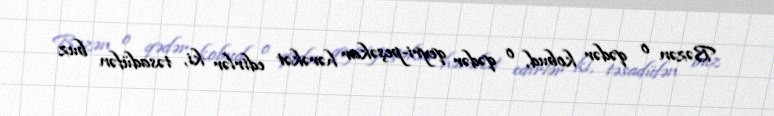
Bəzən o qədər kobud, o qədər qeyri-peşəkar hərəkət edirlər ki, təsadüfən buz